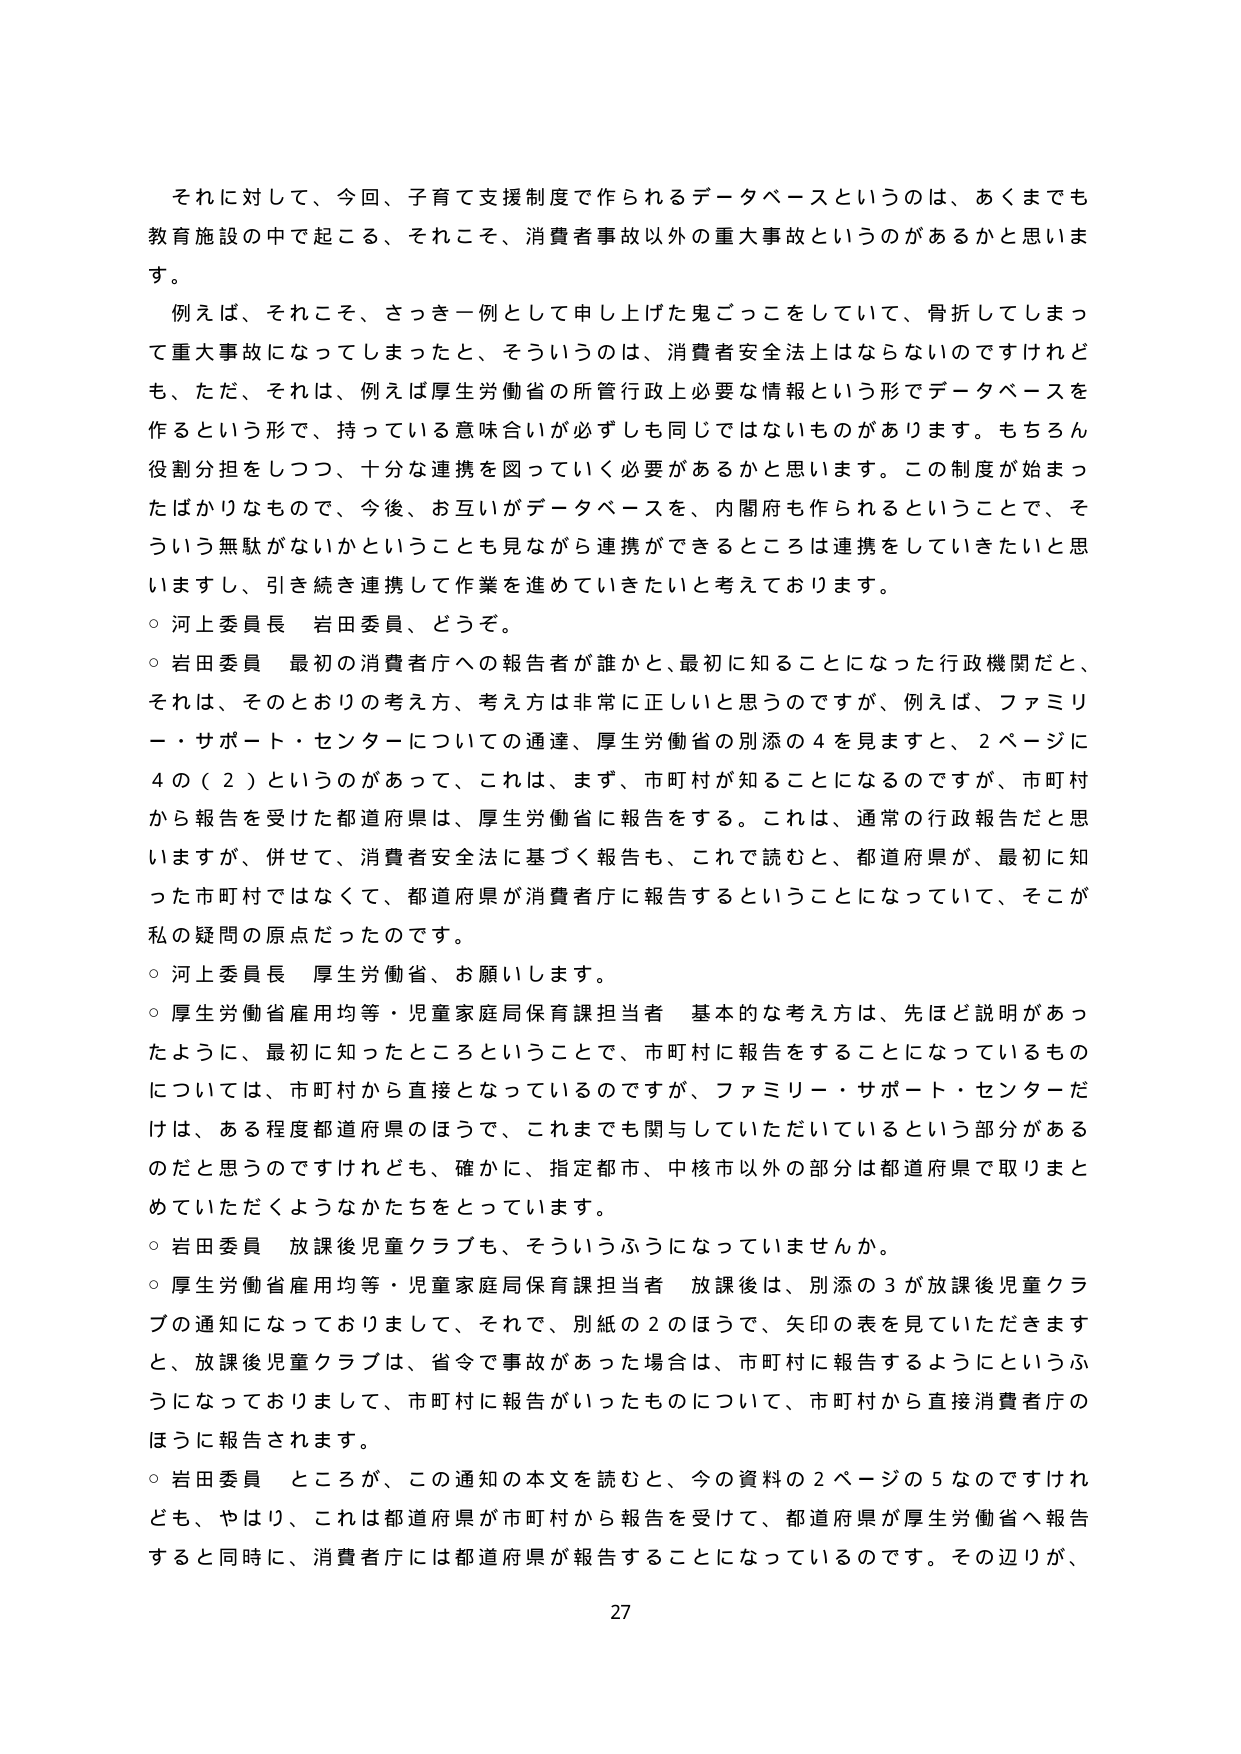
それに対して、今回、子育て支援制度で作られるデータベースというのは、あくまでも教育施設の中で起こる、それこそ、消費者事故以外の重大事故というのがあるかと思います。

例えば、それこそ、さっき一例として申し上げた鬼ごっこをしていて、骨折してしまって重大事故になってしまったと、そういうのは、消費者安全法上はならないのですけれども、ただ、それは、例えば厚生労働省の所管行政上必要な情報という形でデータベースを作るという形で、持っている意味合いが必ずしも同じではないものがあります。もちろん役割分担をしつつ、十分な連携を図っていく必要があるかと思います。この制度が始まったばかりなもので、今後、お互いがデータベースを、内閣府も作られるということで、そういう無駄がないかということも見ながら連携ができるところは連携をしていきたいと思いますし、引き続き連携して作業を進めていきたいと考えております。

○ 河上委員長 岩田委員、どうぞ。

○ 岩田委員 最初の消費者庁への報告者が誰かと、最初に知ることになった行政機関だと、それは、そのとおりの考え方、考え方は非常に正しいと思うのですが、例えば、ファミリー・サポート・センターについての通達、厚生労働省の別添の４を見ますと、２ページに４の（２）というのがあって、これは、まず、市町村が知ることになるのですが、市町村から報告を受けた都道府県は、厚生労働省に報告をする。これは、通常の行政報告だと思いますが、併せて、消費者安全法に基づく報告も、これで読むと、都道府県が、最初に知った市町村ではなくて、都道府県が消費者庁に報告するということになっていて、そこが私の疑問の原点だったのです。

○ 河上委員長 厚生労働省、お願いします。

○ 厚生労働省雇用均等・児童家庭局保育課担当者 基本的な考え方は、先ほど説明があったように、最初に知ったところということで、市町村に報告することになっているものについては、市町村から直接となっているのですが、ファミリー・サポート・センターだけは、ある程度都道府県のほうで、これまでも関与していただいていたという部分があるのだと思うのですけれども、確かに、指定都市、中核市以外の部分は都道府県で取りまとめていただくようなかたちをとっています。

○ 岩田委員 放課後児童クラブも、そういうふうになっていませんか。

○ 厚生労働省雇用均等・児童家庭局保育課担当者 放課後は、別添の３が放課後児童クラブの通知になっておりまして、それで、別紙の２のほうで、矢印の表を見ていただきますと、放課後児童クラブは、省令で事故があった場合は、市町村に報告するようにというふうになっておりまして、市町村に報告がいったものについて、市町村から直接消費者庁のほうに報告されます。

○ 岩田委員 ところが、この通知の本文を読むと、今の資料の２ページの５なのですけれども、やはり、これは都道府県が市町村から報告を受けて、都道府県が厚生労働省へ報告すると同時に、消費者庁には都道府県が報告することになっているのです。その辺りが、

27